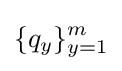
\{q_{y}\}_{y=1}^{m}